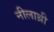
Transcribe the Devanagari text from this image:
नीलाथ्री